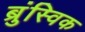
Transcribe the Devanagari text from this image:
ब्रुंस्विक